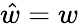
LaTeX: \hat{w}=w